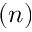
( n )